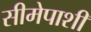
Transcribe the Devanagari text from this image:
सीमेपाशी